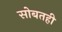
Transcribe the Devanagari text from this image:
सोबतही